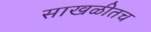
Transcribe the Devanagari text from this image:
साखळीतच